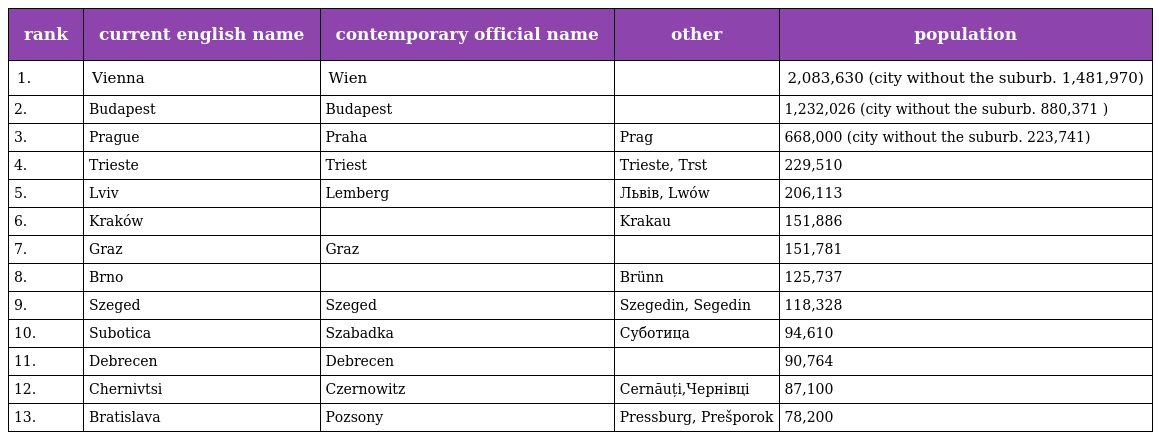
| rank | current english name | contemporary official name | other | population |
 | --- | --- | --- | --- | --- |
 | 1. | Vienna | Wien |  | 2,083,630 (city without the suburb. 1,481,970) |
 | 2. | Budapest | Budapest |  | 1,232,026 (city without the suburb. 880,371 ) |
 | 3. | Prague | Praha | Prag | 668,000 (city without the suburb. 223,741) |
 | 4. | Trieste | Triest | Trieste, Trst | 229,510 |
 | 5. | Lviv | Lemberg | Львів, Lwów | 206,113 |
 | 6. | Kraków |  | Krakau | 151,886 |
 | 7. | Graz | Graz |  | 151,781 |
 | 8. | Brno |  | Brünn | 125,737 |
 | 9. | Szeged | Szeged | Szegedin, Segedin | 118,328 |
 | 10. | Subotica | Szabadka | Суботица | 94,610 |
 | 11. | Debrecen | Debrecen |  | 90,764 |
 | 12. | Chernivtsi | Czernowitz | Cernăuți,Чернівці | 87,100 |
 | 13. | Bratislava | Pozsony | Pressburg, Prešporok | 78,200 |